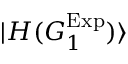
| { H ( G _ { 1 } ^ { \mathrm { E x p } } ) } \rangle